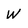
Character: W